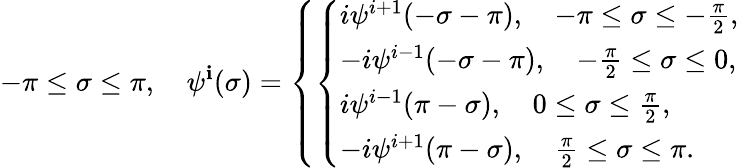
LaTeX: -\pi\leq\sigma\leq\pi,~~~~\psi^{\mathbf{i}}(\sigma)=\left\{ \left\{ \begin{array}{ll}{{i\psi^{i+1}(-\sigma-\pi),\quad-\pi\leq\sigma\leq-\frac{\pi}{2},}}\\ {{-i\psi^{i-1}(-\sigma-\pi),\quad-\frac{\pi}{2}\leq\sigma\leq 0,}}\\ {{i\psi^{i-1}(\pi-\sigma),\quad 0\leq\sigma\leq\frac{\pi}{2},}}\\ {{-i\psi^{i+1}(\pi-\sigma),\quad\frac{\pi}{2}\leq\sigma\leq\pi.}}\end{array}\right.\right.